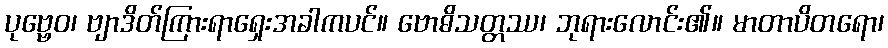
ပုဗ္ဗေဝ၊ ဗျာဒိတ်ကြားရာရှေးအခါကပင်။ ဗောဓိသတ္တဿ၊ ဘုရားလောင်း၏။ မာတာပိတရော၊